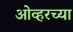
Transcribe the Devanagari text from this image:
ओव्हरच्या